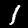
Digit: 1